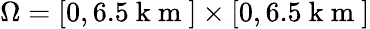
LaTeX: \Omega=[0,6.5\mathrm{~k~m~}]\times[0,6.5\mathrm{~k~m~}]